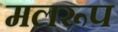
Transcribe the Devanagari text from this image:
मलरूप